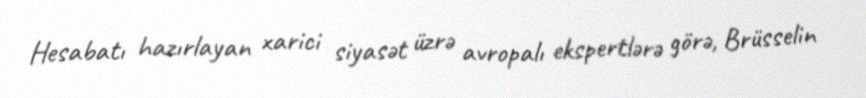
Hesabatı hazırlayan xarici siyasət üzrə avropalı ekspertlərə görə, Brüsselin